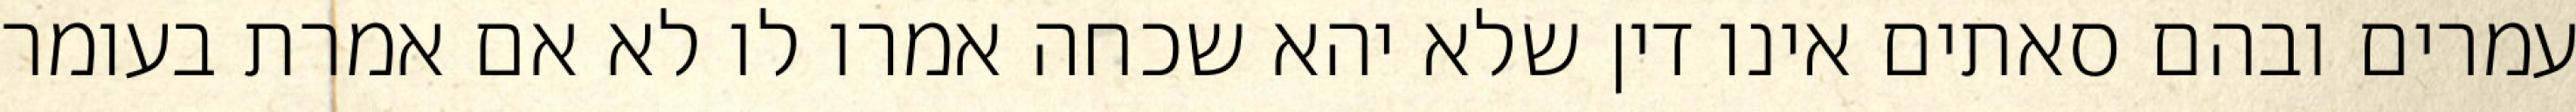
עמרים ובהם סאתים אינו דין שלא יהא שכחה אמרו לו לא אם אמרת בעומר